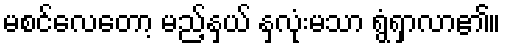
မစင်လေတော့ မည့်နှယ် နှလုံးမသာ ရွံရှာလာ၏။